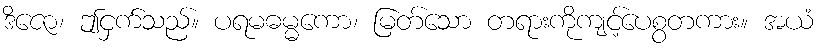
ဒိဇော၊ ဤငှက်သည်။ ပရမဓမ္မကော၊ မြတ်သော တရားကိုကျင့်ပေစွတကား။ အယံ